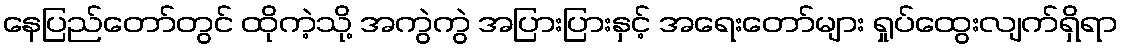
နေပြည်တော်တွင် ထိုကဲ့သို့ အကွဲကွဲ အပြားပြားနှင့် အရေးတော်များ ရှုပ်ထွေးလျက်ရှိရာ